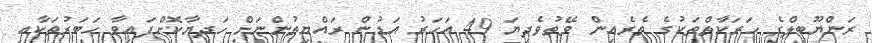
ރަންޔޫބީލްގެ ހަރަކާތްތަކުގެ ތެރެއިން ވޭތުވެދިޔަ 49 އަހަރު އަޑުން ރައްޔިތުންނަށް ހަދިޔާކޮށްފައިވާ ހަބަރުތަކާއި